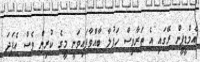
އެމްޑީޕީން ރޭގައި އެ ތަރާވިސް ހަފުލާ ބާއްވާފައިވަނީ މީގެ ކުރިން ވެސް އެފަދަ